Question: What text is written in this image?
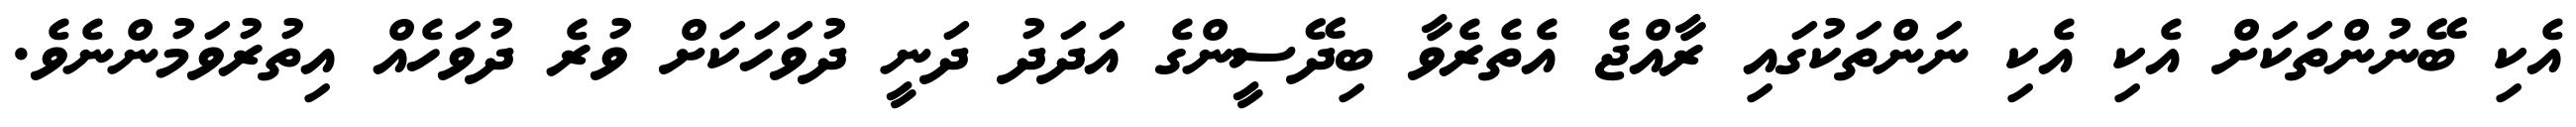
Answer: އެކި ބޭނުންތަކަށް އެކި އެކި ނަންތަކުގައި ރާއްޖެ އެތެރެވާ ބިދޭސީންގެ އަދަދު ދަނީ ދުވަހަކަށް ވުރެ ދުވަހެއް އިތުރުވަމުންނެވެ.